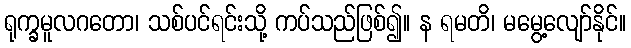
ရုက္ခမူလဂတော၊ သစ်ပင်ရင်းသို့ ကပ်သည်ဖြစ်၍။ န ရမတိ၊ မမွေ့လျော်နိုင်။